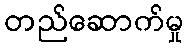
တည်ဆောက်မှု